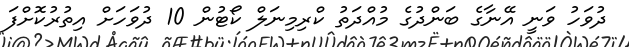
ދުވަހު ވަނީ އޭނާގެ ބަންދުގެ މުއްދަތު ކްރިމިނަލް ކޯޓުން 10 ދުވަހަށް އިތުރުކޮށްފަ